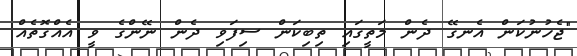
"ޖެހުނުކަން އެނގޭ ދެން މަތީގައި ތިބިކަން ސިފަވި ދެން ނޭންގެ ވީ އެއްގޮތެއް